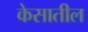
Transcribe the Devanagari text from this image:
केसातील